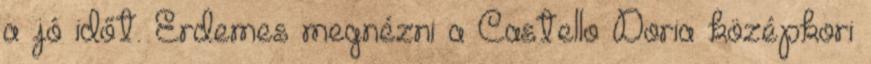
a jó időt. Érdemes megnézni a Castello Doria középkori